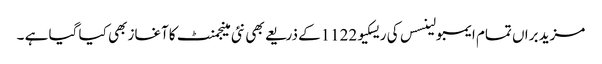
مزید براں تمام ایمبولینسس کی ریسکیو1122کے ذریعے بھی نئی مینجمنٹ کاآغاز بھی کیا گیا ہے ۔